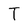
Character: T